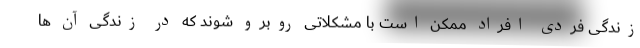
زندگی فردی افراد ممکن است با مشکلاتی روبرو شوند که در زندگی آن ها